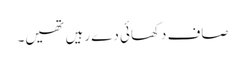
صاف دکھائی دے رہیں تھیں۔